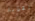
القوية